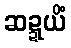
ဆဍ္ဍယိံ